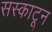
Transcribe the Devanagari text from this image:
सस्काटून